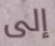
إلى